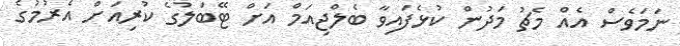
ނަމަވެސް އެއް މެޗު މަދުން ކުޅެފައިވާ ބެލްޖިއަމް އަށް ޓޭބަލުގެ ކުރިއަށް އެރުމުގެ